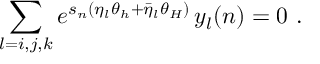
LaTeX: \sum _ { l = i , j , k } e ^ { s _ { n } ( \eta _ { l } \theta _ { h } + \bar { \eta } _ { l } \theta _ { H } ) } \, y _ { l } ( n ) = 0 \, \, .